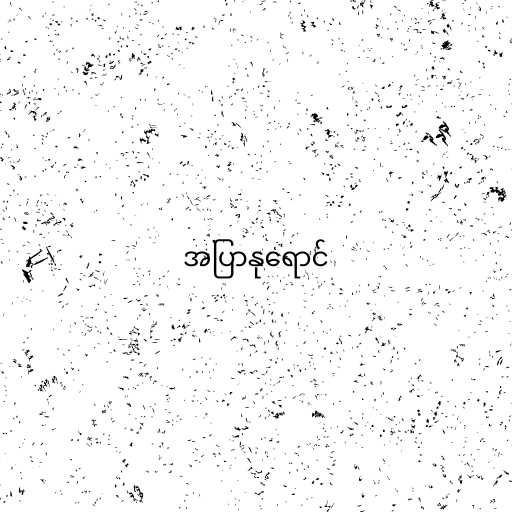
အပြာနုရောင်